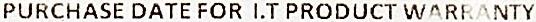
PURCHASE DATE FOR I.T PRODUCT WARRANTY